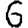
Digit: 6